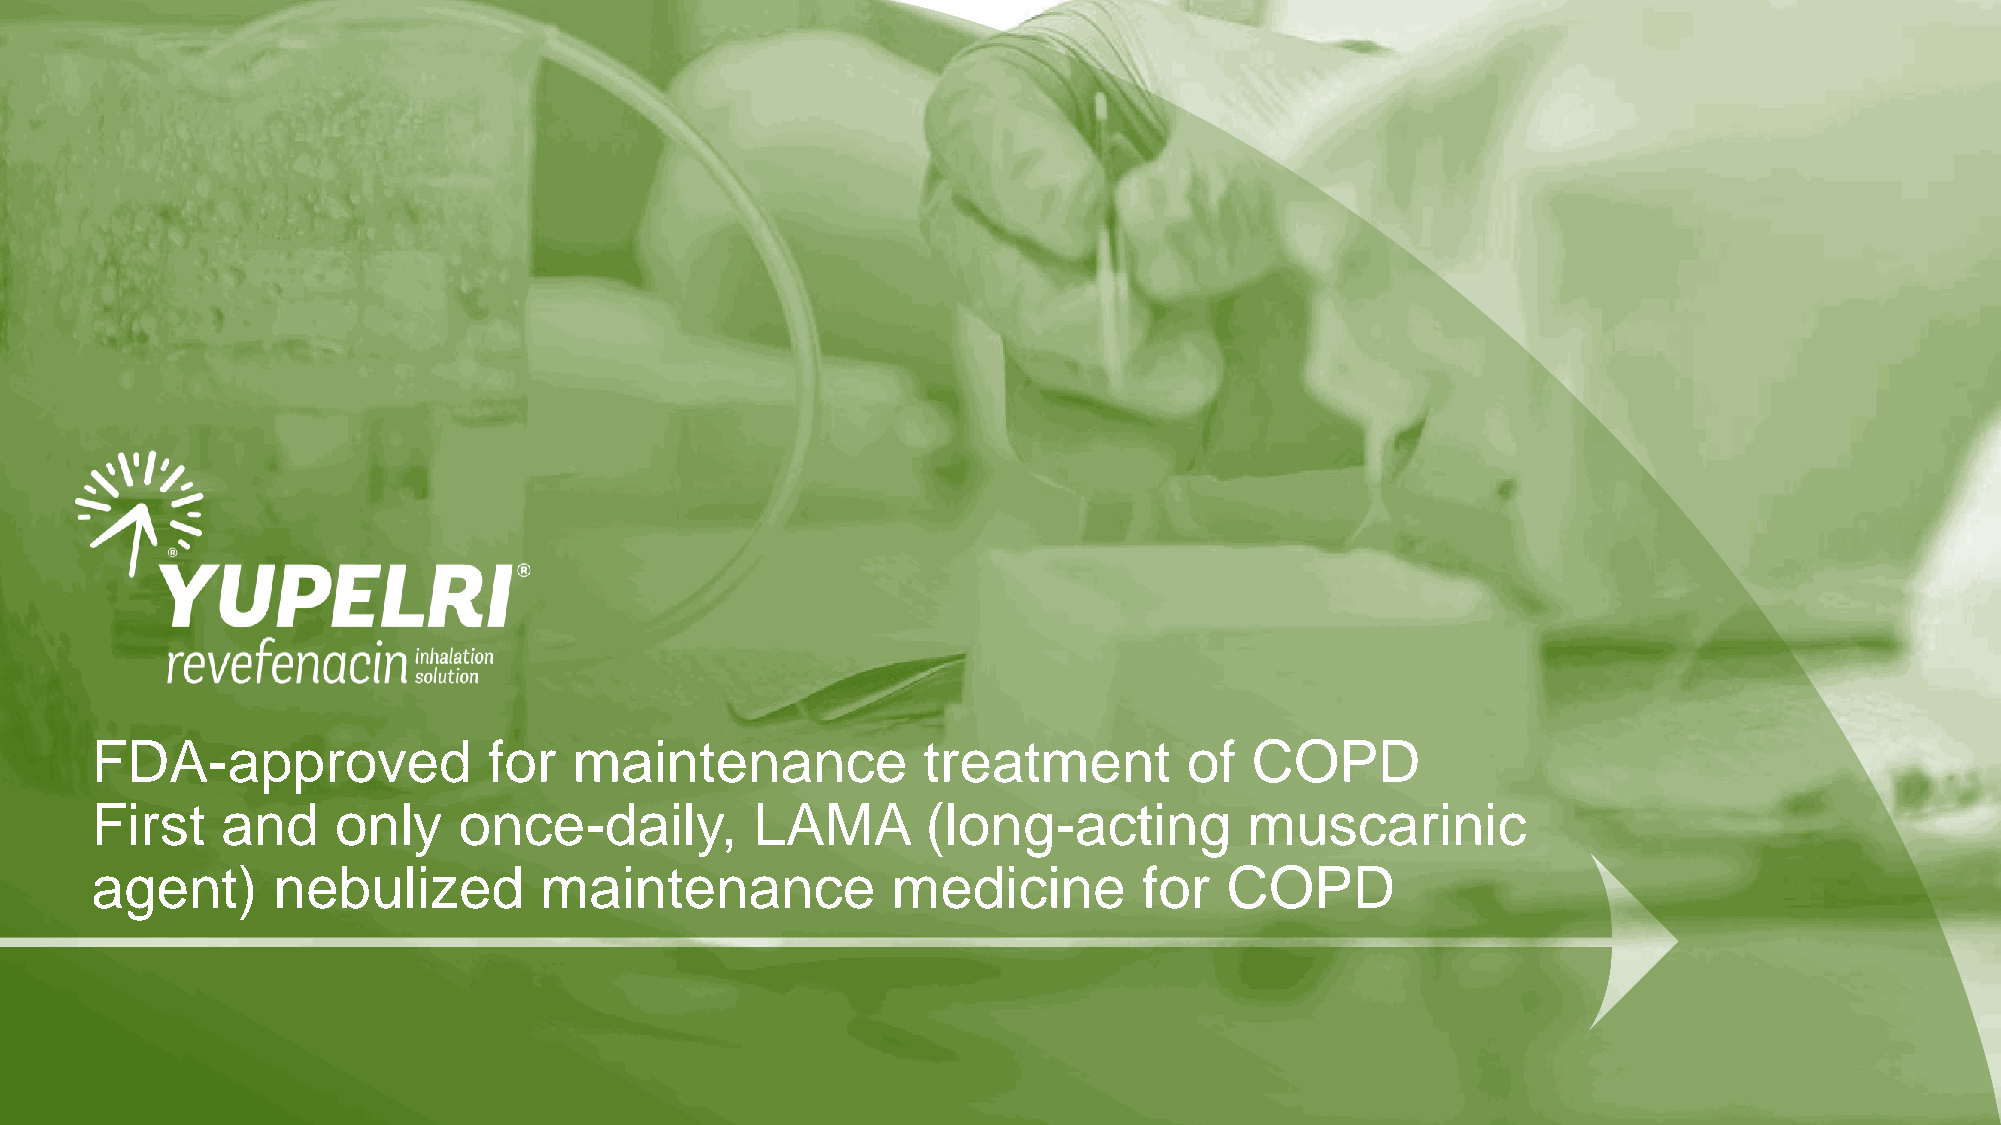
FDA-approved              for   maintenance            treatment         of  COPD
 First    and    only    once-daily,         LAMA       (long-acting          muscarinic
 agent)      nebulized         maintenance            medicine         for  COPD